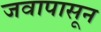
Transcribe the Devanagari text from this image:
जवापासून